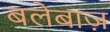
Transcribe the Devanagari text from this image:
बलेबाज़